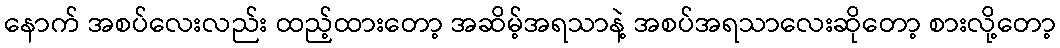
နောက် အစပ်လေးလည်း ထည့်ထားတော့ အဆိမ့်အရသာနဲ့ အစပ်အရသာလေးဆိုတော့ စားလို့တော့